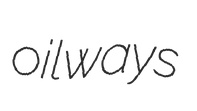
oilways